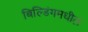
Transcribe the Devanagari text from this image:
बिल्डिंगमधील